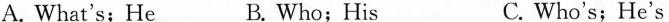
A. What's;He B. Who;His C. Who's;He's